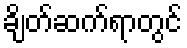
ချိတ်ဆက်ရာတွင်